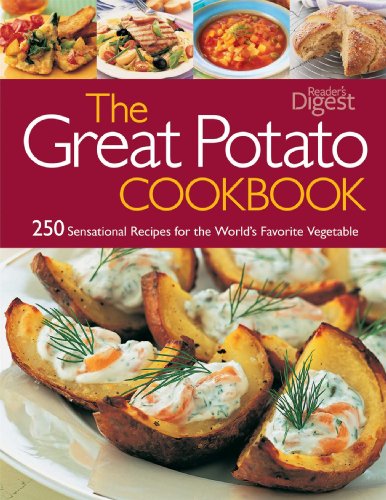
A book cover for The Great Potato Cookbook: 250 Sensational Recipes for the World's Favorite Vegetable; Editors of Reader's Digest; Cookbooks, Food & Wine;